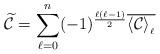
LaTeX: \begin{align*} \widetilde{\mathcal{C}} = \sum_{\ell=0}^n (-1)^{\frac{\ell(\ell-1)}{2}}\overline{\langle \mathcal{C} \rangle_{_\ell}} \end{align*}